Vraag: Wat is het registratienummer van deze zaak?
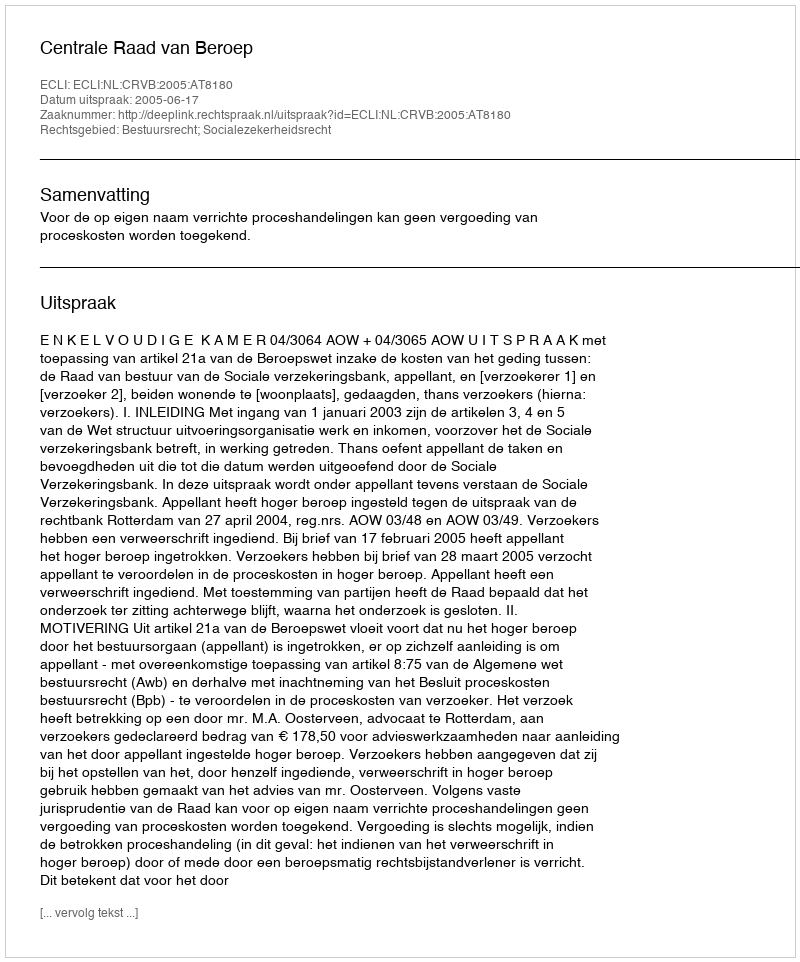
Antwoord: http://deeplink.rechtspraak.nl/uitspraak?id=ECLI:NL:CRVB:2005:AT8180